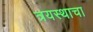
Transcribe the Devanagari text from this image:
त्रयस्थाचा